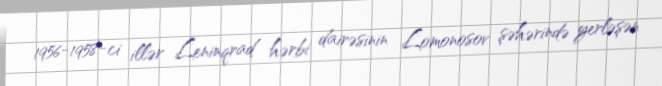
1956-1958-ci illər Leninqrad hərbi dairəsinin Lomonosov şəhərində yerləşən